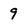
Character: 9